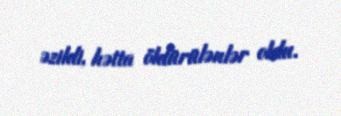
əzildi, hətta öldürülənlər oldu.